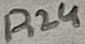
Text: R24